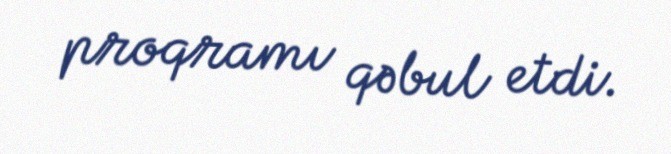
proqramı qəbul etdi.